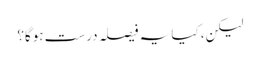
لیکن، کیا یہ فیصلہ درست ہوگا؟